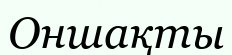
Оншақты